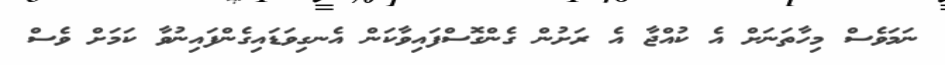
ނަމަވެސް މިހާތަނަށް އެ ކުއްޖާ އެ ރަށުން ގެންގޮސްފައިވާކަން އެނގިވަޑައިގެންފައިނުވާ ކަމަށް ވެސް